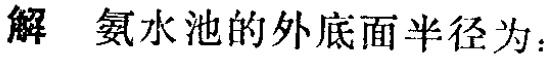
解 氨水池的外底面半径为：